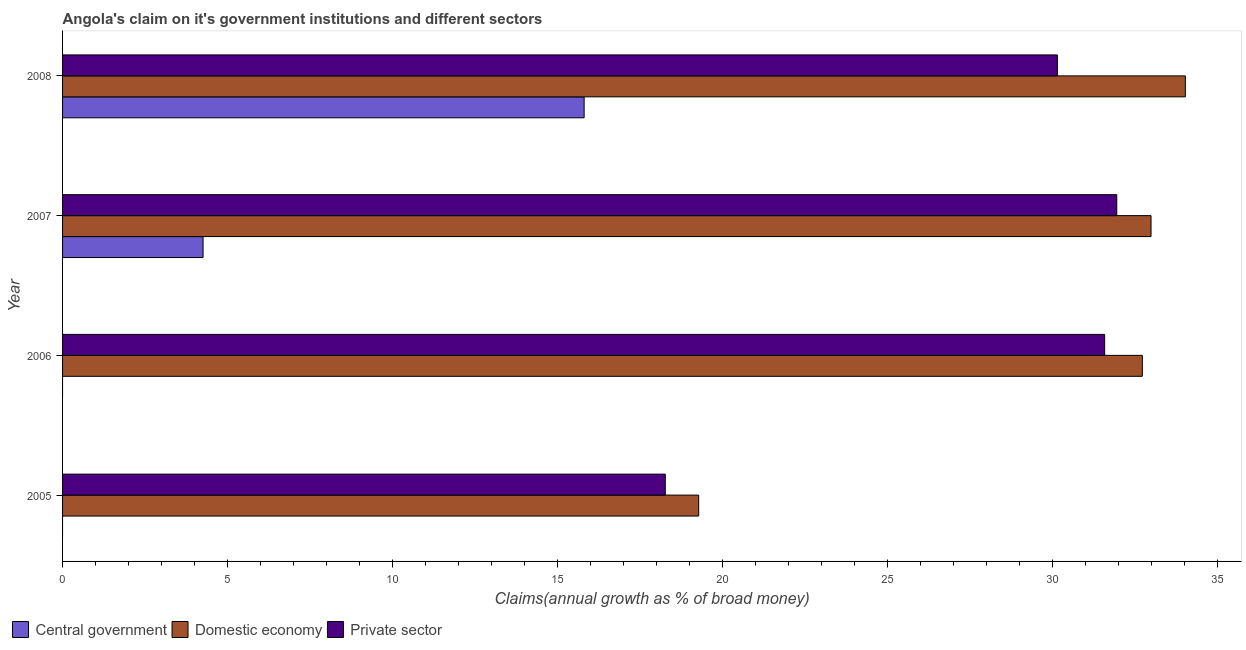
| Year | Central government | Domestic economy | Private sector |
 | --- | --- | --- | --- |
 | 2005 | -38 | 19.3 | 18.3 |
 | 2006 | -86.1 | 32.7 | 31.6 |
 | 2007 | 4.26 | 33 | 31.9 |
 | 2008 | 15.8 | 34 | 30.1 |